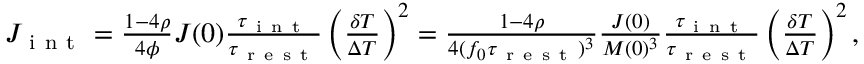
\begin{array} { r } { J _ { \mathrm { ~ i ~ n ~ t ~ } } = \frac { 1 - 4 \rho } { 4 \phi } J ( 0 ) \frac { \tau _ { \mathrm { ~ i ~ n ~ t ~ } } } { \tau _ { \mathrm { ~ r ~ e ~ s ~ t ~ } } } \left( \frac { \delta T } { \Delta T } \right) ^ { 2 } = \frac { 1 - 4 \rho } { 4 ( f _ { 0 } \tau _ { \mathrm { ~ r ~ e ~ s ~ t ~ } } ) ^ { 3 } } \frac { J ( 0 ) } { M ( 0 ) ^ { 3 } } \frac { \tau _ { \mathrm { ~ i ~ n ~ t ~ } } } { \tau _ { \mathrm { ~ r ~ e ~ s ~ t ~ } } } \left( \frac { \delta T } { \Delta T } \right) ^ { 2 } , } \end{array}